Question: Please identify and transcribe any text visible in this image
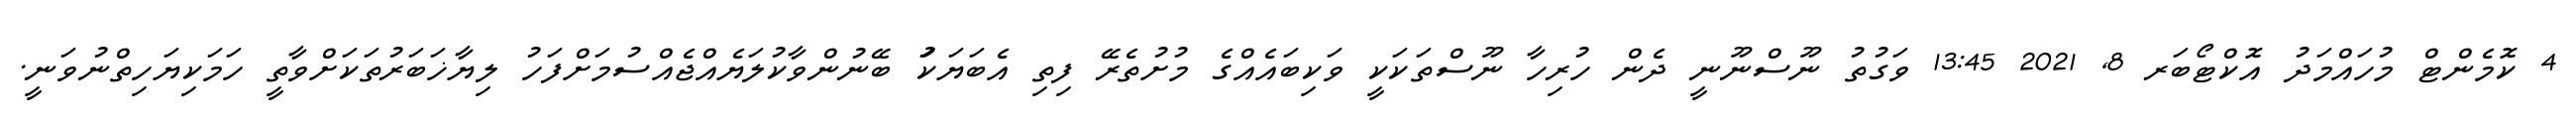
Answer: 4 ކޮމެންޓް މުހައްމަދު އޮކްޓޯބަރ 8, 2021 13:45 ވަގުތު ނޫސްނޫނީ ދެން ހުރިހާ ނޫސްތަކަކީ ވަކިބައެއްގެ މުށުތެރޭ ފިތި އެބަޔަކަު ބޭނުންވާކުލަޔެއްޖެއްސުމަށްފަހު ލިޔާޚަބަރުތަކަށްވާތީ ހަމަކިޔަހިތްނުވަނީ.